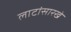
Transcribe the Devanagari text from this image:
लाटांसारखे